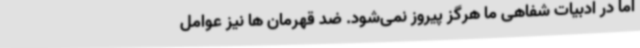
اما در ادبیات شفاهی ما هرگز پیروز نمی‌شود. ضد قهرمان ها نیز عوامل